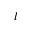
l